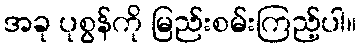
အခု ပုစွန်ကို မြည်းစမ်းကြည့်ပါ။